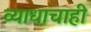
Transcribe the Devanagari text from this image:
व्याधाचाही